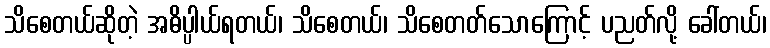
သိစေတယ်ဆိုတဲ့ အဓိပ္ပါယ်ရတယ်၊ သိစေတယ်၊ သိစေတတ်သောကြောင့် ပညတ်လို့ ခေါ်တယ်၊